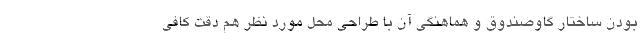
بودن ساختار گاوصندوق و هماهنگی آن با طراحی محل مورد نظر هم دقت کافی